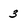
Character: 3